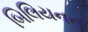
બિલિયનના